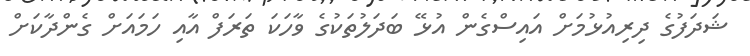
ޝަދަފުގެ ދިރިއުޅުމަށް އައިސްގެން އުޅޭ ބަދަލުތަކުގެ ވާހަކަ ތަރަފް އާއި ހަމައަށް ގެންދާކަށް